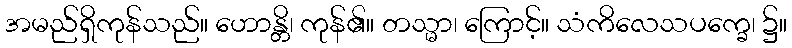
အမည်ရှိကုန်သည်။ ဟောန္တိ၊ ကုန်၏။ တသ္မာ၊ ကြောင့်။ သံကိလေသပက္ခေ၊ ၌။